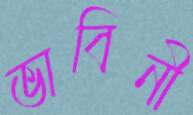
ভাবিনী